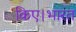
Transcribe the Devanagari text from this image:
किए।भारत